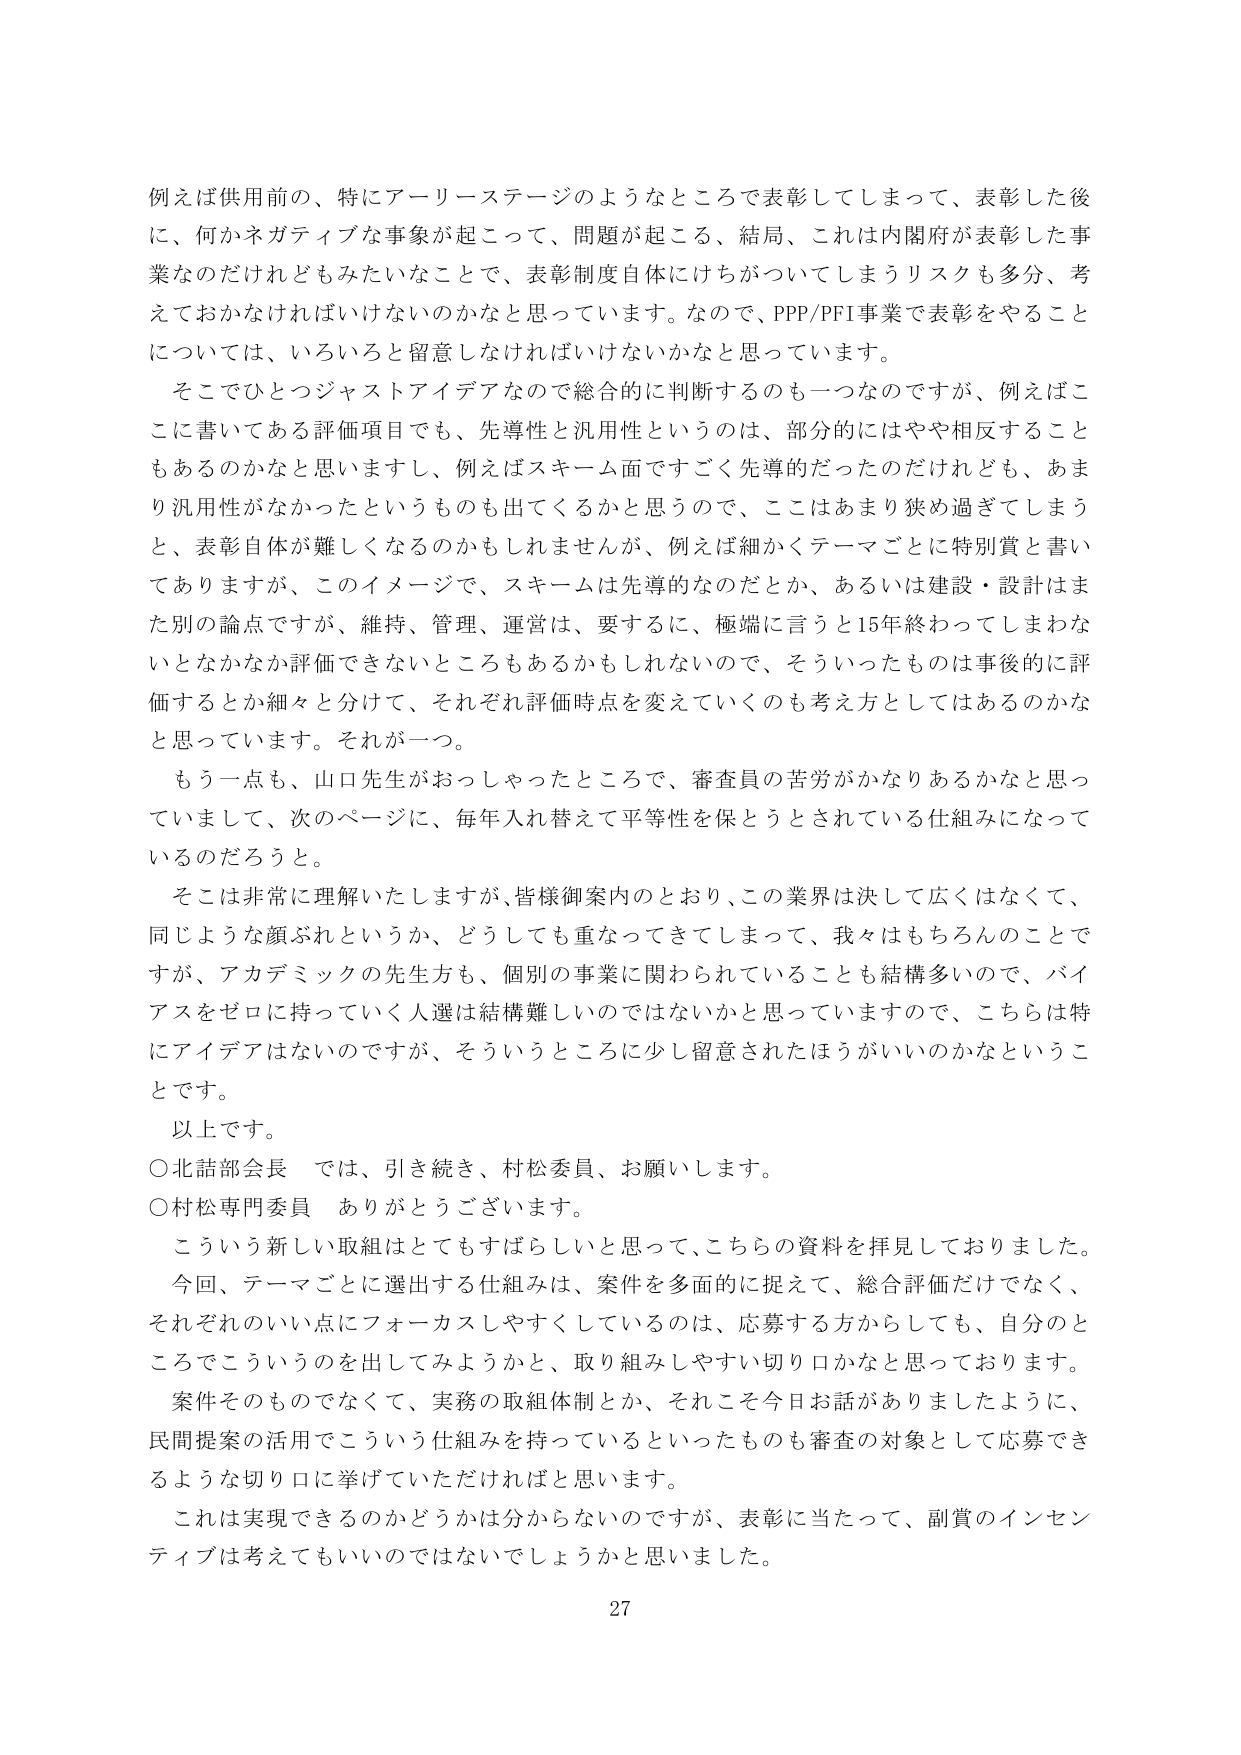
例えば供用前の、特にアーリーステージのようなところで表彰してしまって、表彰した後に、何かネガティブな事象が起こって、問題が起こる、結局、これは内閣府が表彰した事業なのだけれどもみたいなことで、表彰制度自体にけちがついてしまうリスクも多分、考えておかなければならないのかなと思っています。なので、PPP/PFI事業で表彰をやることについては、いろいろと留意しなければいけないかなと思っています。

そこでひとつジャストアイデアなので総合的に判断するのも一つなのですが、例えばここに書いてある評価項目でも、先導性と汎用性というのは、部分的にはやや相反することもあるのかなと思いますし、例えばスキーム面ですごく先導だったのだけれども、あまり汎用性がなかったというのも出てくるかと思うので、ここはあまり狭め過ぎてしまうと、表彰自体が難しくなるのかもしれません。例えば細かくテーマごとに特別賞と書いてありますが、このイメージで、スキームは先導的なのだとか、あるいは建設・設計はまた別の論点ですが、維持、管理、運営は、要するに、極端に言うと15年終わってしまわないとなかなか評価できないところもあるかもしれないのです。そういったものは事後的に評価するとか細々と分けて、それぞれ評価時点を変えていくのも考え方としてはあるのかなと思っています。それが一つ。

もう一点も、山口先生がおっしゃったところで、審査員の苦労がかなりあるかなと思っていまして、次のページに、毎年入れ替えて平等性を保とうとされている仕組みになっているのだろうと。

そこは非常に理解いたしますが、皆様御案内のとおり、この業界は決して広くはなくて、同じような顔ぶれというか、どうしても重なってきてしまって、我々はもちろんのことですが、アカデミックの先生方も、個別の事業に関わられていることも結構多いので、バイアスをゼロに持っていく人選は結構難しいのではないかと思っていますので、こちらは特にアイデアはないのですが、そういうところに少し留意されたほうがいいのかなということです。

以上です。

○北詰部会長　では、引き続き、村松委員、お願いします。

○村松専門委員　ありがとうございます。

こういう新しい取組はとてもすばらしいと思って、こちらの資料を拝見しておりました。

今回、テーマごとに選出する仕組みは、案件を多面的に捉えて、総合評価だけでなく、それぞれのいい点にフォーカスしやすくしているのは、応募する方からしても、自分のところでこういうのを出してみようかと、取り組みしやすい切り口かなと思っております。

案件そのものでなくて、実務の取組体制とか、それこそ今日お話がありましたように、民間提案の活用でこういう仕組みを持っているといったものも審査の対象として応募できるような切り口に挙げていただければと思います。

これは実現できるのかどうかは分からないのですが、表彰に当たって、副賞のインセンティブは考えてもいいのではないでしょうかと思いました。

27